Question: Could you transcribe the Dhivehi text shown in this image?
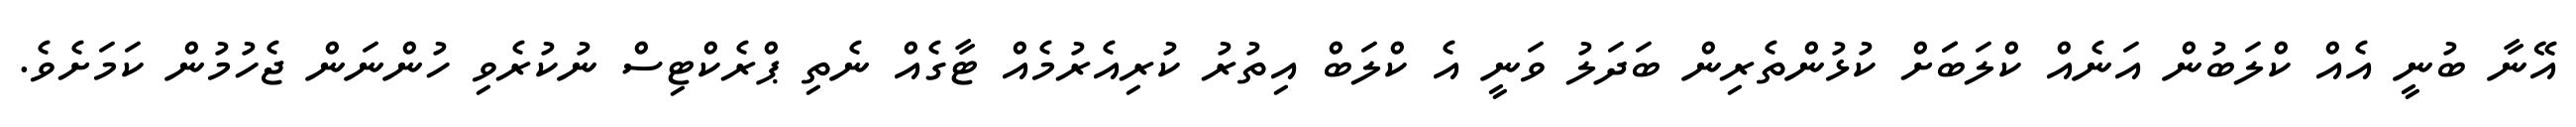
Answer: އޭނާ ބުނީ އެއް ކްލަބުން އަނެއް ކްލަބަަށް ކުޅުންތެރިން ބަދަލު ވަނީ އެ ކްލަބް އިތުރު ކުރިއެރުމެއް ޓާގެއް ނެތި ޕްރެކްޓިސް ނުކުރެވި ހުންނަން ޖެހުމުން ކަމަށެވެ.